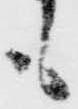
も